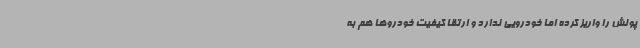
پولش را واریز کرده اما خودرویی ندارد و ارتقا کیفیت خودروها هم به